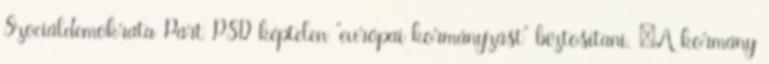
Szociáldemokrata Párt PSD képtelen "európai kormányzást" biztosítani. „A kormány